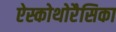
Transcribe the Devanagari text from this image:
ऐस्कोथोरैसिका